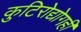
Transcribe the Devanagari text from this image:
कुटिरोद्योगही